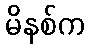
မိနစ်က